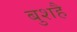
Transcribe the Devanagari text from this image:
बुशहै